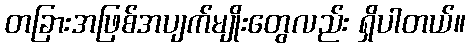
တခြားအဖြစ်အပျက်မျိုးတွေလည်း ရှိပါတယ်။